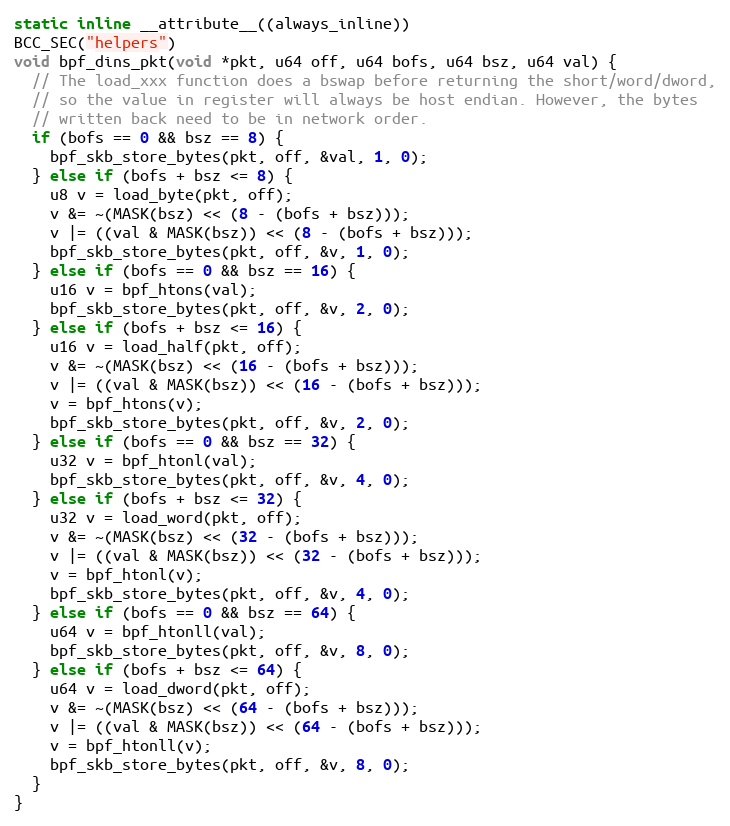
Language: C
static inline __attribute__((always_inline))
BCC_SEC("helpers")
void bpf_dins_pkt(void *pkt, u64 off, u64 bofs, u64 bsz, u64 val) {
  // The load_xxx function does a bswap before returning the short/word/dword,
  // so the value in register will always be host endian. However, the bytes
  // written back need to be in network order.
  if (bofs == 0 && bsz == 8) {
    bpf_skb_store_bytes(pkt, off, &val, 1, 0);
  } else if (bofs + bsz <= 8) {
    u8 v = load_byte(pkt, off);
    v &= ~(MASK(bsz) << (8 - (bofs + bsz)));
    v |= ((val & MASK(bsz)) << (8 - (bofs + bsz)));
    bpf_skb_store_bytes(pkt, off, &v, 1, 0);
  } else if (bofs == 0 && bsz == 16) {
    u16 v = bpf_htons(val);
    bpf_skb_store_bytes(pkt, off, &v, 2, 0);
  } else if (bofs + bsz <= 16) {
    u16 v = load_half(pkt, off);
    v &= ~(MASK(bsz) << (16 - (bofs + bsz)));
    v |= ((val & MASK(bsz)) << (16 - (bofs + bsz)));
    v = bpf_htons(v);
    bpf_skb_store_bytes(pkt, off, &v, 2, 0);
  } else if (bofs == 0 && bsz == 32) {
    u32 v = bpf_htonl(val);
    bpf_skb_store_bytes(pkt, off, &v, 4, 0);
  } else if (bofs + bsz <= 32) {
    u32 v = load_word(pkt, off);
    v &= ~(MASK(bsz) << (32 - (bofs + bsz)));
    v |= ((val & MASK(bsz)) << (32 - (bofs + bsz)));
    v = bpf_htonl(v);
    bpf_skb_store_bytes(pkt, off, &v, 4, 0);
  } else if (bofs == 0 && bsz == 64) {
    u64 v = bpf_htonll(val);
    bpf_skb_store_bytes(pkt, off, &v, 8, 0);
  } else if (bofs + bsz <= 64) {
    u64 v = load_dword(pkt, off);
    v &= ~(MASK(bsz) << (64 - (bofs + bsz)));
    v |= ((val & MASK(bsz)) << (64 - (bofs + bsz)));
    v = bpf_htonll(v);
    bpf_skb_store_bytes(pkt, off, &v, 8, 0);
  }
}